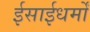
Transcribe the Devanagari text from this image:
ईसाईधर्मों